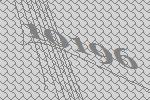
10196